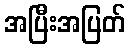
အပြီးအပြတ်